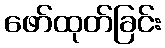
ဖော်ထုတ်ခြင်း